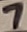
Text: 7